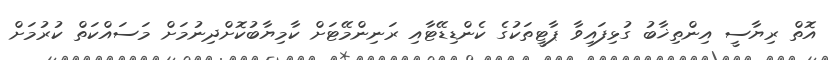
އޮތް ރިޔާސީ އިންތިޚާބު ގުޅިފައިވާ ޕާޓީތަކުގެ ކެންޑިޑޭޓާއި ރަނިންމޭޓަށް ކާމިޔާބުކޮށްދިނުމަށް މަސައްކަތް ކުރުމަށް